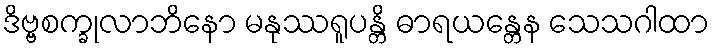
ဒိဗ္ဗစက္ခုလာဘိနော မနုဿရူပန္တိ ဓာရယန္တေန သေသဂါထာ